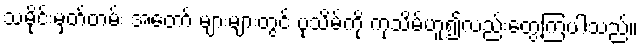
သမိုင်းမှတ်တမ်း အတော် များများတွင် ပုသိမ်ကို ကုသိမ်ဟူ၍လည်းတွေ့ကြပါသည်။